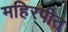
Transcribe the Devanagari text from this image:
महिरपीत